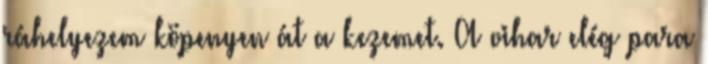
ráhelyezem köpenyen át a kezemet. A vihar elég para